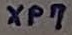
Text: XP7